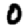
Digit: 0